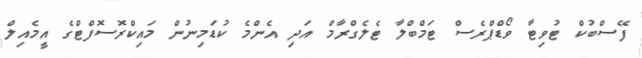
ފޭސްބުކް ޓުވިޓާ ވޯޑްޕްރެސް ޓަމްބްލާ ޓެލެގްރާމް އަދި އެންމެ ކުޑަމިނުން މައިކްރޮސޮފްޓްގެ އީމެއިލް